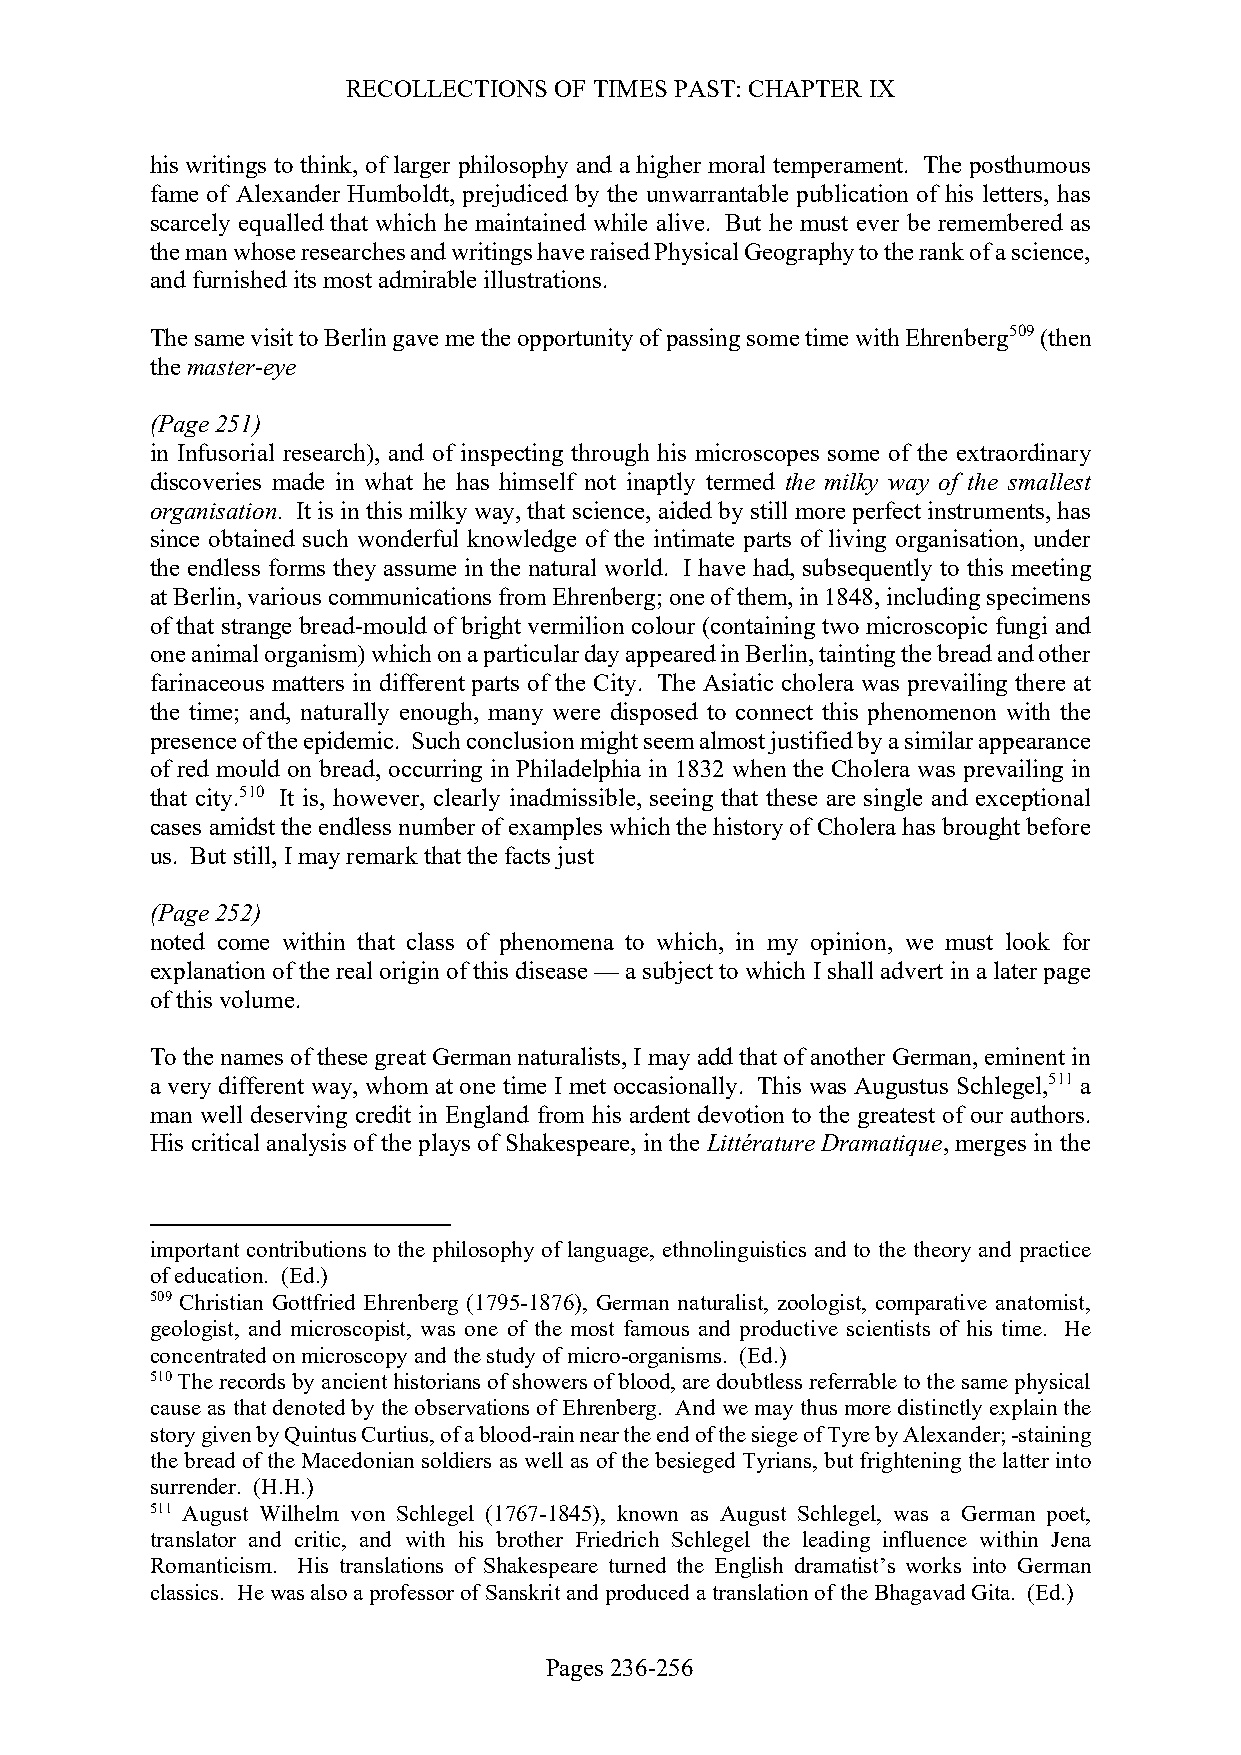
RECOLLECTIONS OF TIMES PAST: CHAPTER IX
 his writings to think, of larger philosophy and a higher moral temperament. The posthumous
 fame of Alexander Humboldt, prejudiced by the unwarrantable publication of his letters, has
 scarcely equalled that which he maintained while alive. But he must ever be remembered as
 the man whose researches and writings have raised Physical Geography to the rank of a science,
 and furnished its most admirable illustrations.
 The same visit to Berlin gave me the opportunity of passing some time with Ehrenberg509 (then
 the master-eye
 (Page 251)
 in Infusorial research), and of inspecting through his microscopes some of the extraordinary
 discoveries made in what he has himself not inaptly termed the milky way of the smallest
 organisation. It is in this milky way, that science, aided by still more perfect instruments, has
 since obtained such wonderful knowledge of the intimate parts of living organisation, under
 the endless forms they assume in the natural world. I have had, subsequently to this meeting
 at Berlin, various communications from Ehrenberg; one of them, in 1848, including specimens
 of that strange bread-mould of bright vermilion colour (containing two microscopic fungi and
 one animal organism) which on a particular day appeared in Berlin, tainting the bread and other
 farinaceous matters in different parts of the City. The Asiatic cholera was prevailing there at
 the time; and, naturally enough, many were disposed to connect this phenomenon with the
 presence of the epidemic. Such conclusion might seem almost justified by a similar appearance
 of red mould on bread, occurring in Philadelphia in 1832 when the Cholera was prevailing in
 that city.510 It is, however, clearly inadmissible, seeing that these are single and exceptional
 cases amidst the endless number of examples which the history of Cholera has brought before
 us. But still, I may remark that the facts just
 (Page 252)
 noted come within that class of phenomena to which, in my opinion, we must look for
 explanation of the real origin of this disease — a subject to which I shall advert in a later page
 of this volume.
 To the names of these great German naturalists, I may add that of another German, eminent in
 a very different way, whom at one time I met occasionally. This was Augustus Schlegel,511 a
 man well deserving credit in England from his ardent devotion to the greatest of our authors.
 His critical analysis of the plays of Shakespeare, in the Littérature Dramatique, merges in the
 important contributions to the philosophy of language, ethnolinguistics and to the theory and practice
 of education. (Ed.)
 509 Christian Gottfried Ehrenberg (1795-1876), German naturalist, zoologist, comparative anatomist,
 geologist, and microscopist, was one of the most famous and productive scientists of his time. He
 concentrated on microscopy and the study of micro-organisms. (Ed.)
 510 The records by ancient historians of showers of blood, are doubtless referrable to the same physical
 cause as that denoted by the observations of Ehrenberg. And we may thus more distinctly explain the
 story given by Quintus Curtius, of a blood-rain near the end of the siege of Tyre by Alexander; -staining
 the bread of the Macedonian soldiers as well as of the besieged Tyrians, but frightening the latter into
 surrender. (H.H.)
 511 August Wilhelm von Schlegel (1767-1845), known as August Schlegel, was a German poet,
 translator and critic, and with his brother Friedrich Schlegel the leading influence within Jena
 Romanticism. His translations of Shakespeare turned the English dramatist’s works into German
 classics. He was also a professor of Sanskrit and produced a translation of the Bhagavad Gita. (Ed.)
 Pages 236-256